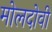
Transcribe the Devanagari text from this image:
मोलदोवी